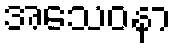
အသေဝနာ